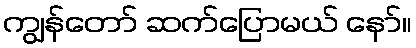
ကျွန်တော် ဆက်ပြောမယ် နော်။